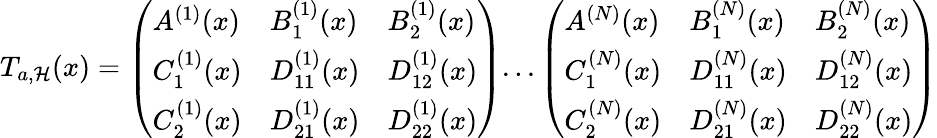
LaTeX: T_{a,\mathcal{H}}(x)=\left(\begin{array}{lll}{A^{(1)}(x)}&{B_{1}^{(1)}(x)}&{B_{2}^{(1)}(x)}\\ {C_{1}^{(1)}(x)}&{D_{11}^{(1)}(x)}&{D_{12}^{(1)}(x)}\\ {C_{2}^{(1)}(x)}&{D_{21}^{(1)}(x)}&{D_{22}^{(1)}(x)}\end{array}\right)...\left(\begin{array}{lll}{A^{(N)}(x)}&{B_{1}^{(N)}(x)}&{B_{2}^{(N)}(x)}\\ {C_{1}^{(N)}(x)}&{D_{11}^{(N)}(x)}&{D_{12}^{(N)}(x)}\\ {C_{2}^{(N)}(x)}&{D_{21}^{(N)}(x)}&{D_{22}^{(N)}(x)}\end{array}\right)